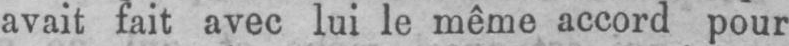
avait fait avec lui le même accord pour